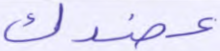
عضدك